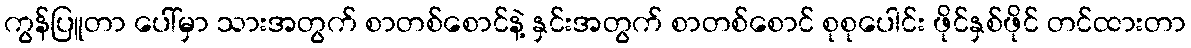
ကွန်ပြူတာ ပေါ်မှာ သားအတွက် စာတစ်စောင်နဲ့ နှင်းအတွက် စာတစ်စောင် စုစုပေါင်း ဖိုင်နှစ်ဖိုင် တင်ထားတာ